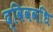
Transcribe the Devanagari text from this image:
द्विववधि